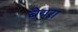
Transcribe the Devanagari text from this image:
बेयरा